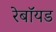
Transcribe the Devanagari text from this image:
रेबॉयड